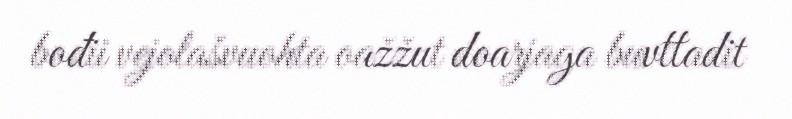
bođii vejolašvuohta oažžut doarjaga buvttadit